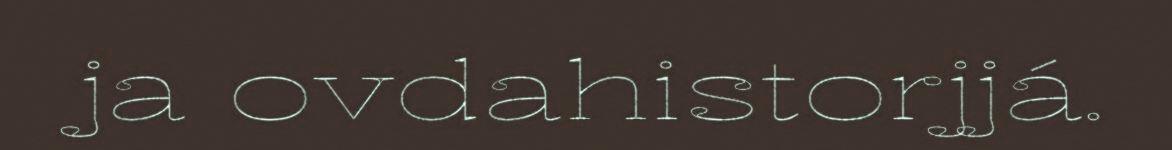
ja ovdahistorjjá.